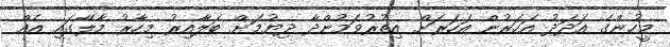
މީހުންގެ އަދަދު އަހަރުން އަހަރަށް އިތުރުވަމުންދާ ދިޔުމަށް ބަލާއިރު މިހާރު މާލޭގައި އެއް